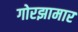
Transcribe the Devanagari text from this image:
गोरझामार